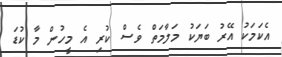
އެކަމަކު އޭރު ބަޔަކު މަލާމަތް ވެސް ކުރި އެ މީހުން މާ ކުޑަ